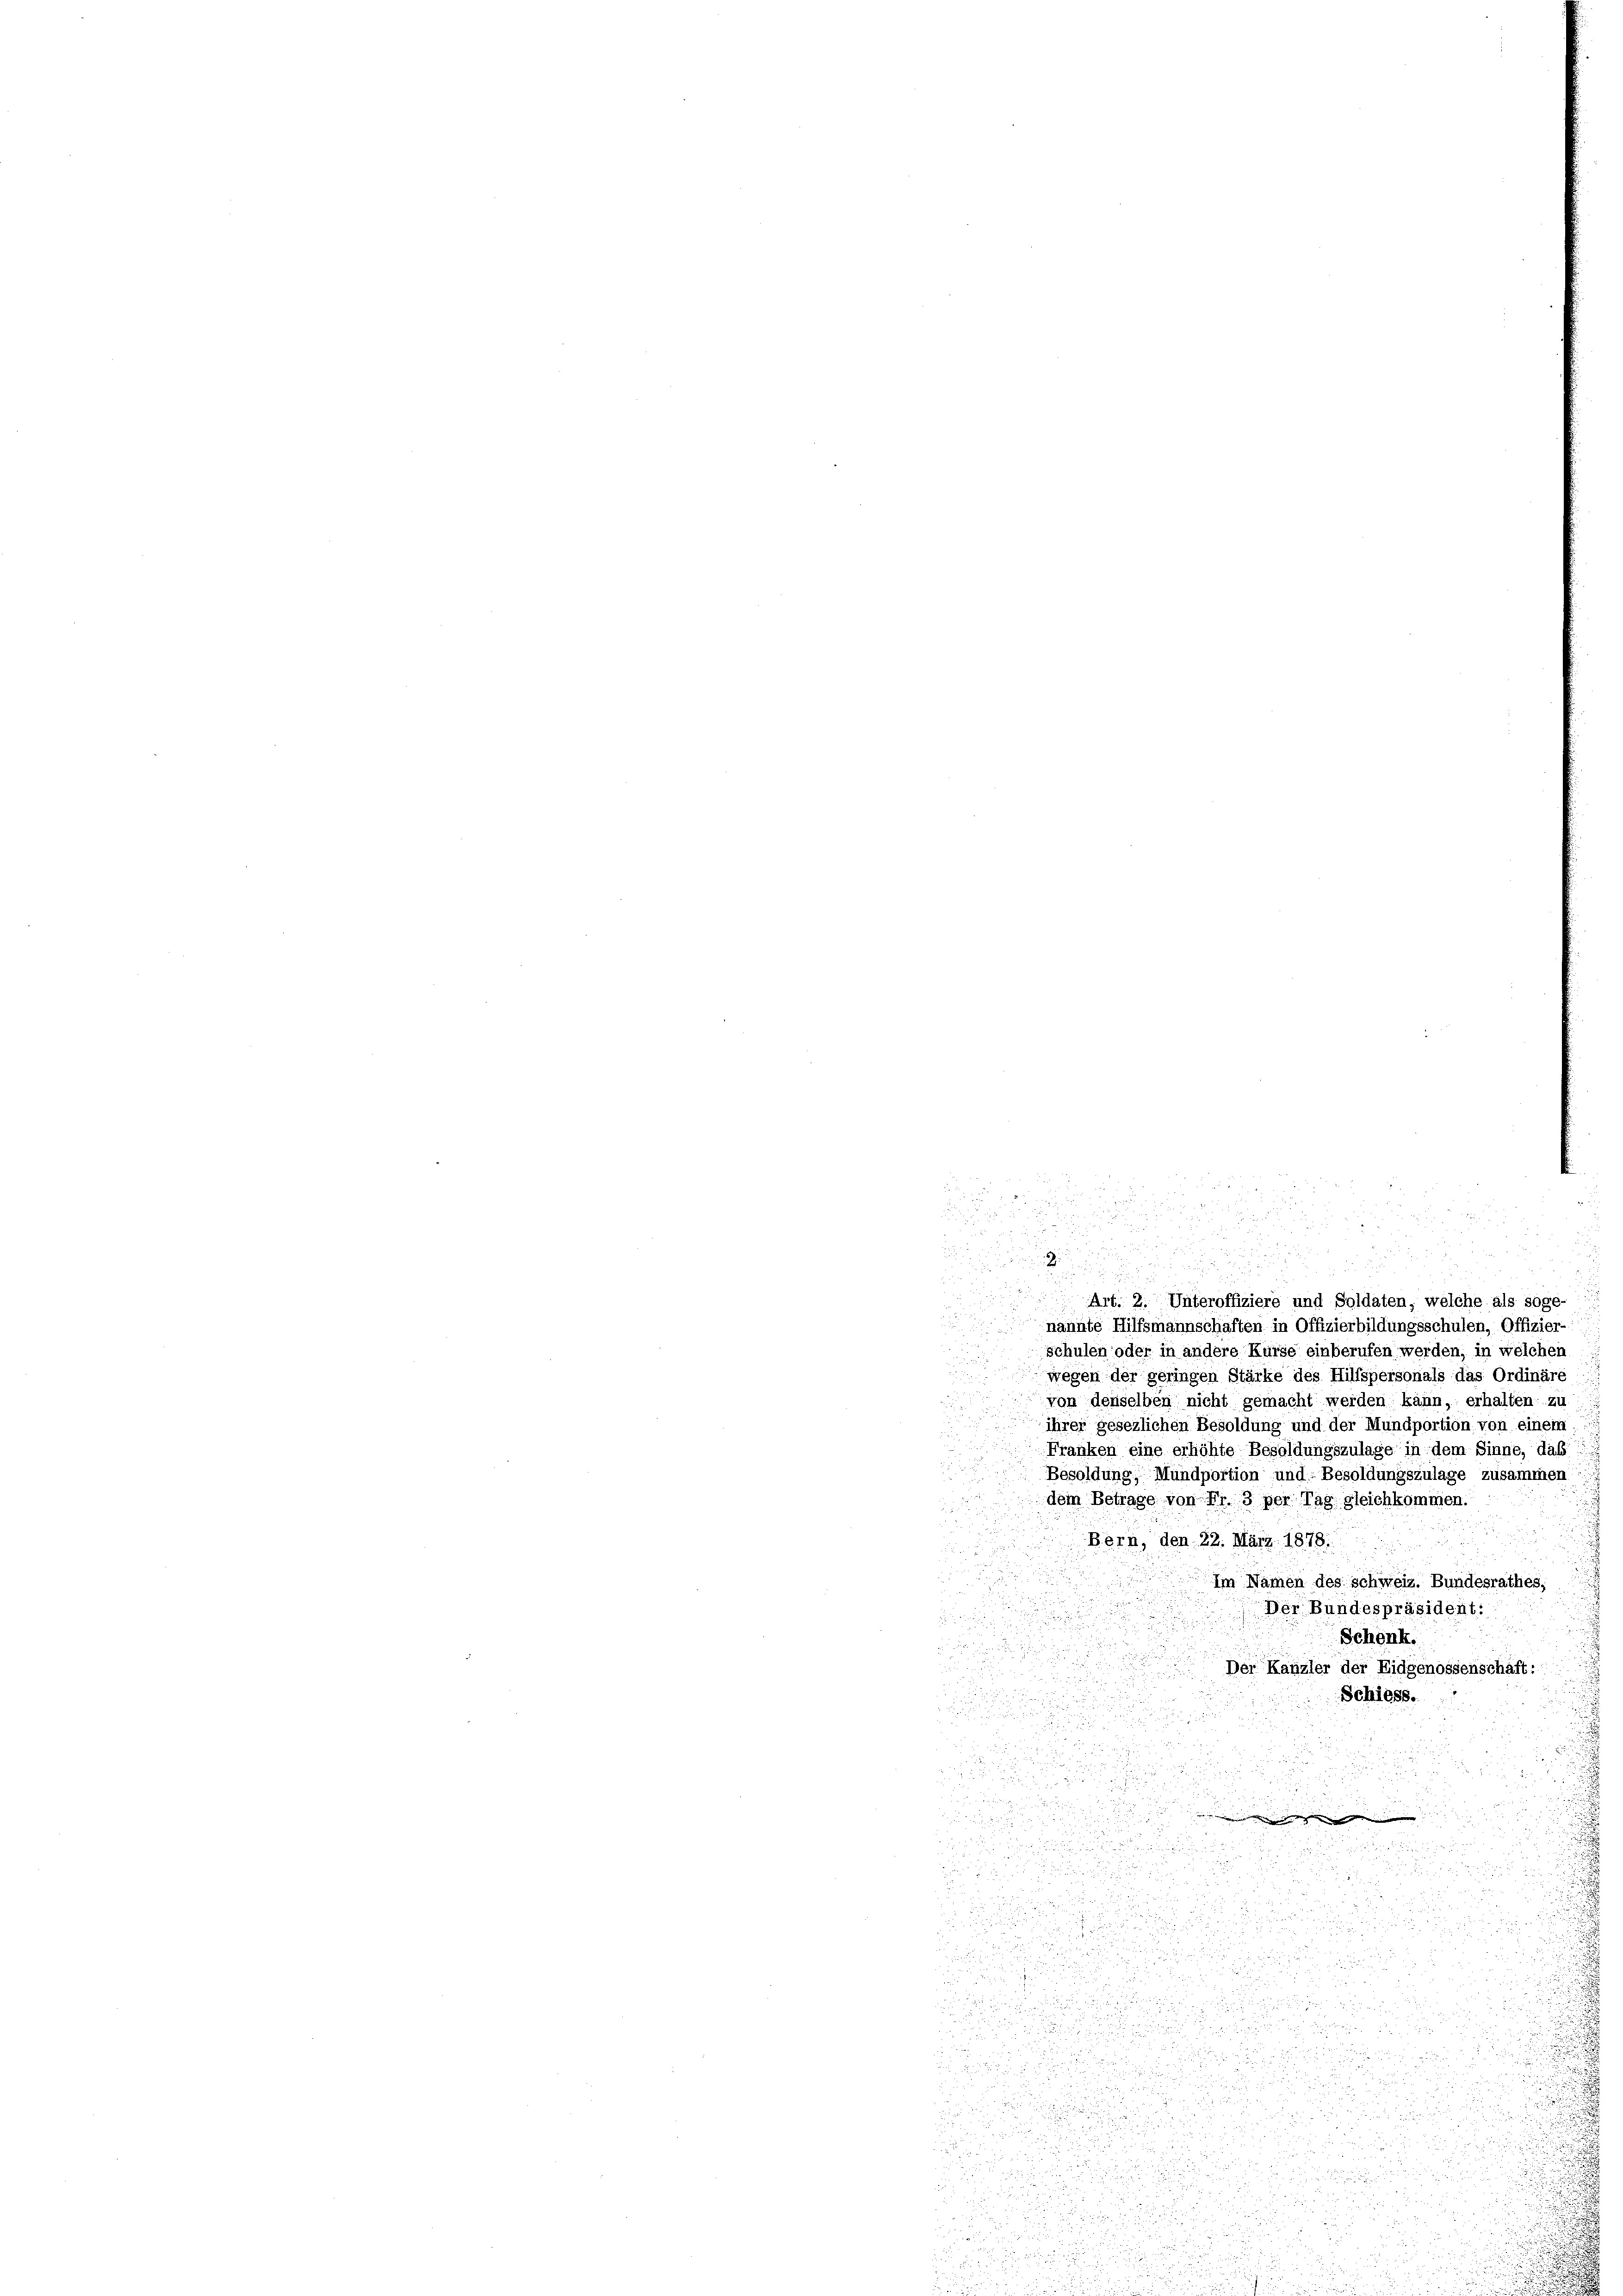
d
u

nannte Hilfsmannschaften in Offizierbildungsschulen, Offizier-
schulen oder in andere Kurse einberufen werden, in welchen
wegen der geringen Stärke des Hilfspersonals das Ordinäre
von denselben nicht gemacht werden kann, erhalten zu
ihrer gesezlichen Besoldung und der Mundportion, von einem
Franken eine erhöhte Besoldungszulage in dem Sinne, daß
Besoldung, Mündportion und Besoldungszulage zusammen
dem Betrage von Fr. 3 per Tag gleichkommen.
Bern, den 22. März 1878.
Im Namen des Schweiz. Bundesrathes,
Der Bundespräsident:
Schenk.

Der Kanzler der Eidgenossenschaft:

Schiess.

.

du
d

.
Art. 2. Unteroffiziere und Soldaten, welche als soge